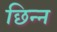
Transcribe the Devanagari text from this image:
छिन्‍न